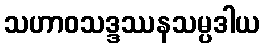
သဟာဝသဒ္ဒဿနသမ္ပဒါယ